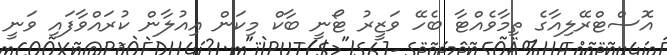
އޮސްޓްރޭލިއާގެ ތިމާވެއްޓާ ބެހޭ ވަޒީރު ޓޯނީ ބާކް މިކަން އިއުލާން ކުރައްވާފައި ވަނީ